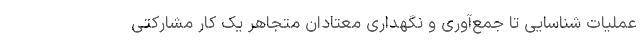
عملیات شناسایی تا جمع‌آوری و نگهداری معتادان متجاهر یک کار مشارکتی